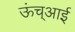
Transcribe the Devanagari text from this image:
ऊंच्आई